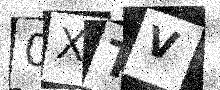
Text: 0XTV